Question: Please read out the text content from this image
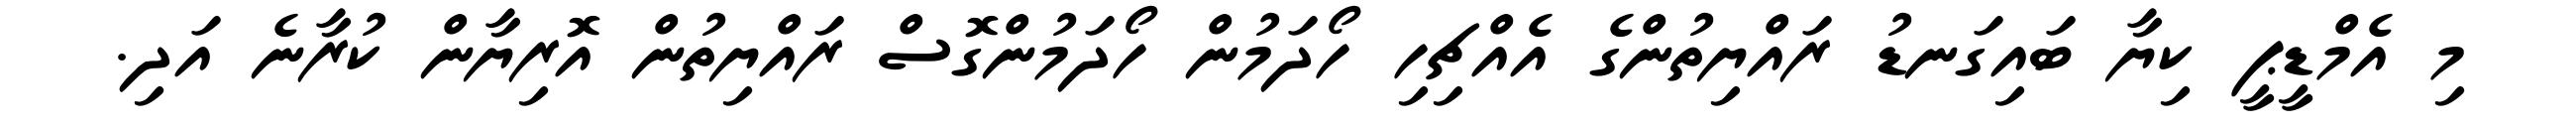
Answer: މި އެމްޑީޕީ ކިޔާ ބައިގަނޑު ރައްޔިތުންގެ އެއްޗިހި ހޯދަމުން ހޯދަމުންގޮސް ރައްޔިތުން އޮރިޔާން ކުރާނެ އަދި.